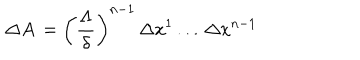
\, \Delta A \, = \left( \frac { \Lambda } { \delta } \right) ^ { n - 1 } \, \Delta x ^ { 1 } \, . . . \, \Delta x ^ { n - 1 } \,